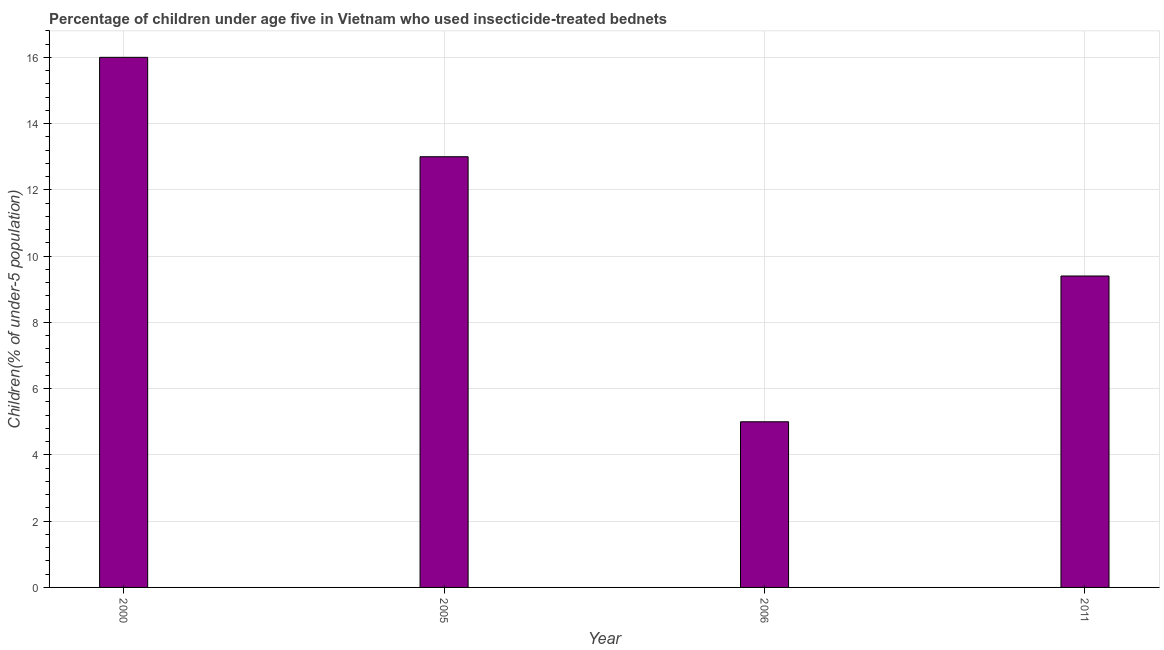
| Year | Use of insecticide-treated bed nets (% of under-5 population) |
 | --- | --- |
 | 2000 | 16 |
 | 2005 | 13 |
 | 2006 | 5 |
 | 2011 | 9.4 |